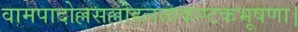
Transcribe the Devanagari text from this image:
वामपादोल्लसल्लोहलताकण्टकभूषणा।